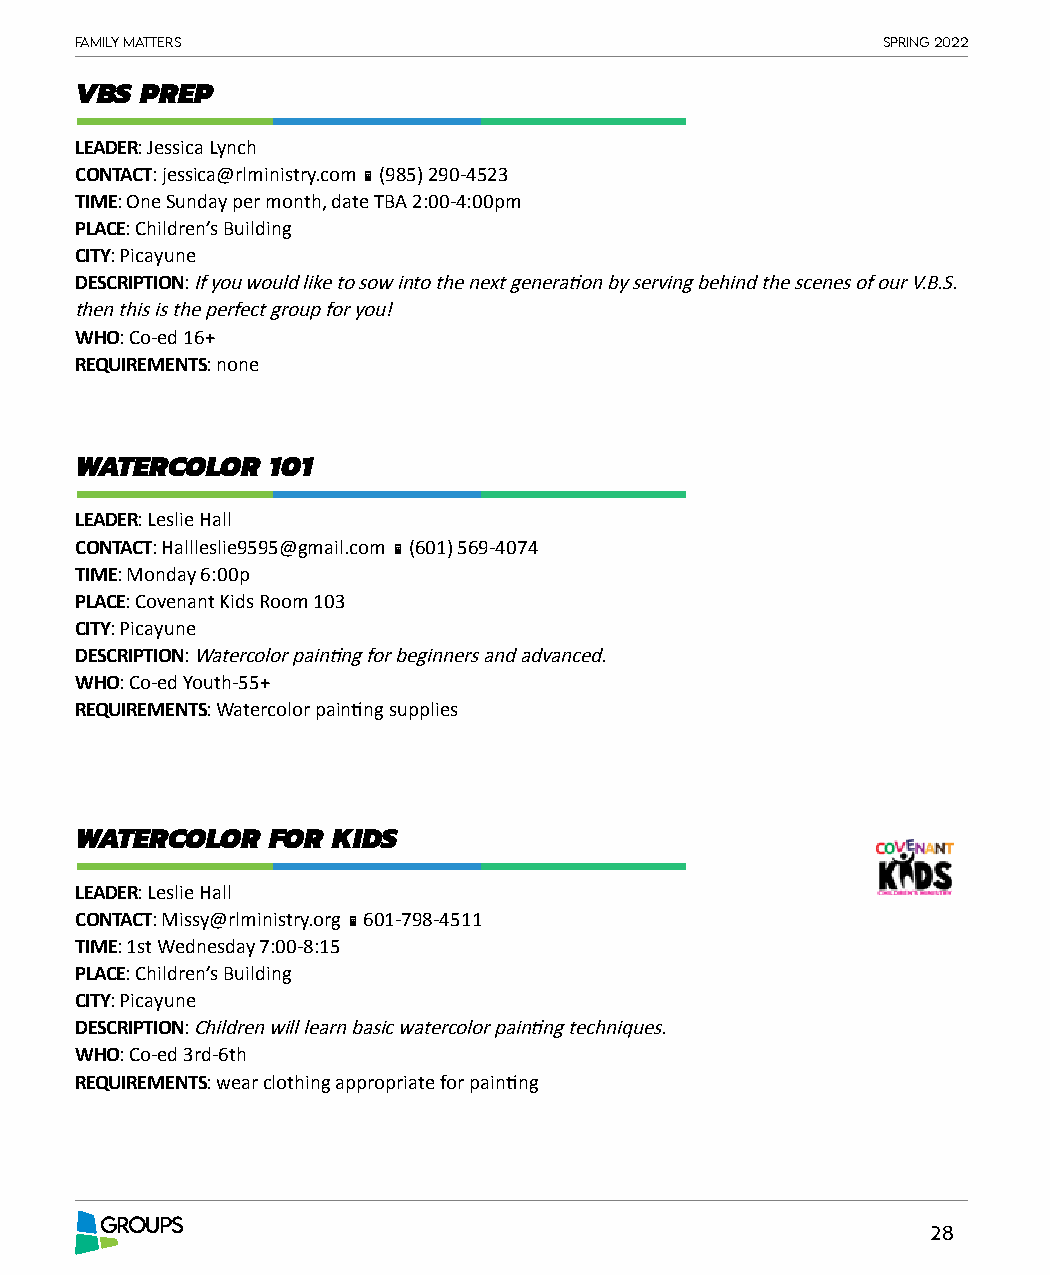
Family matters                                       spring 2022
 VBS PREP
 LEADER: Jessica Lynch
 CONTACT: jessica@rlministry.com  (985) 290-4523
 TIME: One Sunday per month, date TBA 2:00-4:00pm
 PLACE: Children’s Building
 CITY: Picayune
 DESCRIPTION: If you would like to sow into the next generation by serving behind the scenes of our V.B.S.
 then this is the perfect group for you!
 WHO: Co-ed 16+
 REQUIREMENTS: none
 WATERCOLOR   101
 LEADER: Leslie Hall
 CONTACT: Hallleslie9595@gmail.com  (601) 569-4074
 TIME: Monday 6:00p
 PLACE: Covenant Kids Room 103
 CITY: Picayune
 DESCRIPTION: Watercolor painting for beginners and advanced.
 WHO: Co-ed Youth-55+
 REQUIREMENTS: Watercolor painting supplies
 WATERCOLOR   FOR KIDS
 LEADER: Leslie Hall
 CONTACT: Missy@rlministry.org  601-798-4511
 TIME: 1st Wednesday 7:00-8:15
 PLACE: Children’s Building
 CITY: Picayune
 DESCRIPTION: Children will learn basic watercolor painting techniques.
 WHO: Co-ed 3rd-6th
 REQUIREMENTS: wear clothing appropriate for painting
 GROUPS
 28